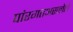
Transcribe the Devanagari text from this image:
पांरगतअसलेले